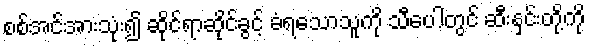
စစ်အင်အားသုံး၍ ဆိုင်ရာဆိုင်ခွင့် ခံရသောသူကို သီပေါတွင် ဆီးနှင်းတို့ကို